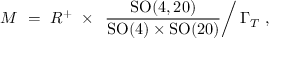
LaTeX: { \cal M } \ = \ R ^ { + } \ \times \ \left. \frac { \mathrm { S O } ( 4 , 2 0 ) } { \mathrm { S O } ( 4 ) \times \mathrm { S O } ( 2 0 ) } \right/ \Gamma _ { T } \ ,